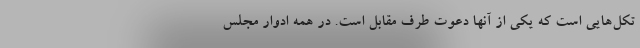
تکل‌هایی است که یکی از آنها دعوت طرف مقابل است. در همه ادوار مجلس